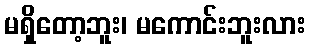
မရှိတော့ဘူး၊ မကောင်းဘူးလား